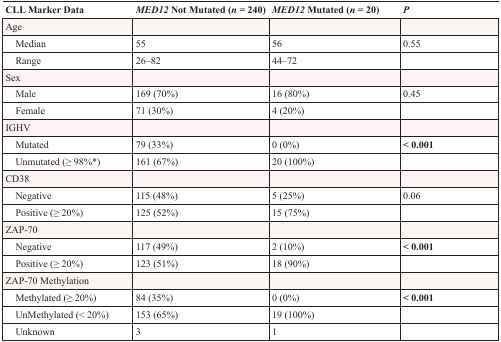
<table><thead><tr><td><b>CLL Marker Data</b></td><td><b><i>MED12</i> Not Mutated (<i>n</i> = 240)</b></td><td><b><i>MED12</i> Mutated (<i>n</i> = 20)</b></td><td><b><i>P</i></b></td></tr></thead><tbody><tr><td>Age</td><td></td><td></td><td></td></tr><tr><td> Median</td><td>55</td><td>56</td><td>0.55</td></tr><tr><td> Range</td><td>26–82</td><td>44–72</td><td></td></tr><tr><td>Sex</td><td></td><td></td><td></td></tr><tr><td> Male</td><td>169 (70%)</td><td>16 (80%)</td><td>0.45</td></tr><tr><td> Female</td><td>71 (30%)</td><td>4 (20%)</td><td></td></tr><tr><td>IGHV</td><td></td><td></td><td></td></tr><tr><td> Mutated</td><td>79 (33%)</td><td>0 (0%)</td><td><b>&lt; 0.001</b></td></tr><tr><td> Unmutated (≥ 98%*)</td><td>161 (67%)</td><td>20 (100%)</td><td></td></tr><tr><td>CD38</td><td></td><td></td><td></td></tr><tr><td> Negative</td><td>115 (48%)</td><td>5 (25%)</td><td>0.06</td></tr><tr><td> Positive (≥ 20%)</td><td>125 (52%)</td><td>15 (75%)</td><td></td></tr><tr><td>ZAP-70</td><td></td><td></td><td></td></tr><tr><td> Negative</td><td>117 (49%)</td><td>2 (10%)</td><td><b>&lt; 0.001</b></td></tr><tr><td> Positive (≥ 20%)</td><td>123 (51%)</td><td>18 (90%)</td><td></td></tr><tr><td>ZAP-70 Methylation</td><td></td><td></td><td></td></tr><tr><td> Methylated (≥ 20%)</td><td>84 (35%)</td><td>0 (0%)</td><td><b>&lt; 0.001</b></td></tr><tr><td> UnMethylated (&lt; 20%)</td><td>153 (65%)</td><td>19 (100%)</td><td></td></tr><tr><td> Unknown</td><td>3</td><td>1</td><td></td></tr></tbody></table>